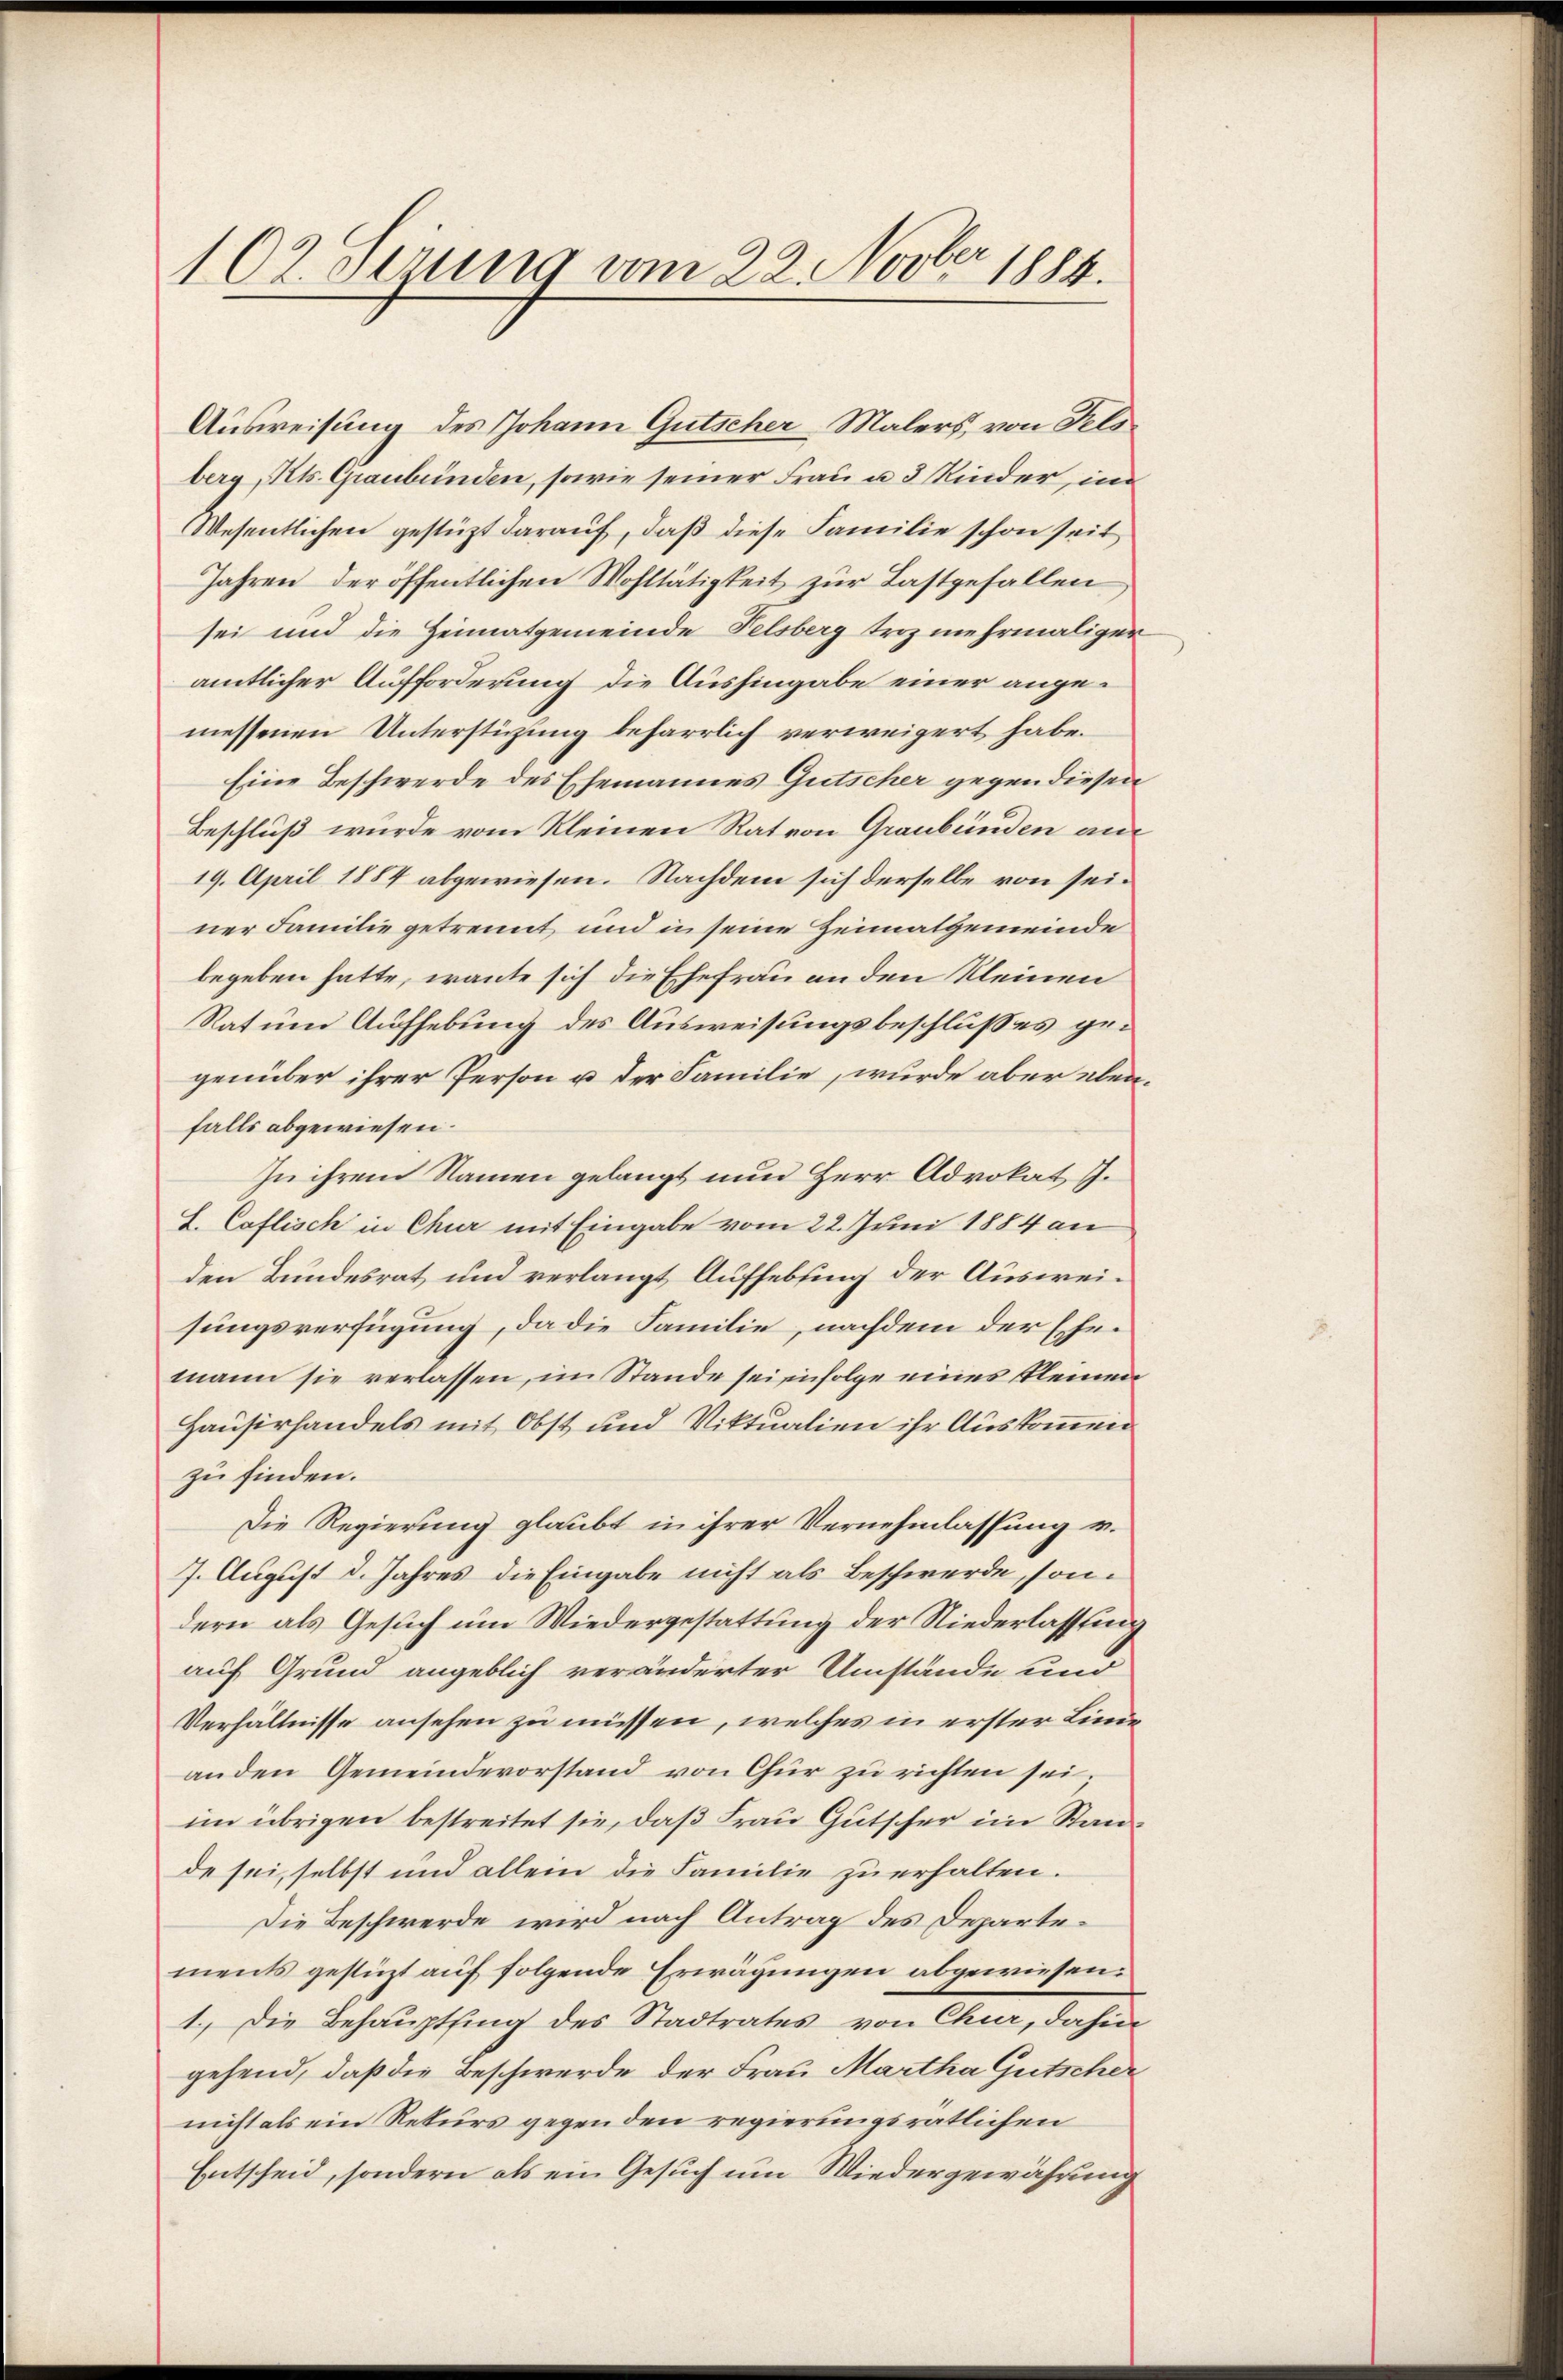
102 derung vom 22. Novber 1888.

Ausweisung des Johann Gutscher Malers, von Fels
berg, Kts. Graubünden, sowie seiner Frau u. 3 Kinder, im
Wesentlichen gestützt darauf, daß diese Familie schon seit
Jahren der öffentlichen Wohltätigkeit zur Lastgefallen
sei und die Heimatgemeinde Felsberg troz mehrmaliger
amtlicher Aufforderung die Aushingabe einer angemessenen Unterstüzung beharrlich verweigert habe.
Eine Beschwerde des Ehemannes Gutscher gegen diesen
Beschluß wurde vom Kleinen Rat von Graubünden an
19. April 1884 abgewiesen. Nachdem sich derselbe von seiner Familie getrennt und in seine Heimatgemeinde
begeben hatte, wante sich die Ehefrau an den Kleinen
Rat um Aufhebung des Ausweisungsbeschlusses gegenüber ihrer Person u der Familie, wurde aber ebenfalls abgewiesen.
In ihrem Namen gelangt nun Herr Advokat J.
S. Caflisch in Chur mit Eingabe vom 22. Juni 1884 an
den Bundesrat und verlangt Aufhebung der Ausweisungsverfügung, da die Familie, nachdem der Ehemann sie verlassen, im Stande sei infolge eines kleinen
Hauserhandels mit Obst und Viktualien ihr Auskommen
zu finden.
Die Regierung glaubt in ihrer Vernehmlassung v.
7. August d. Jahres die Eingabe nicht als Beschwerde, sondern als Gesuch um Wiedergestattung der Niederlassung
auf Grund angeblich veränderter Umstände und
Verhältnisse ansehen zu müssen, welches in erster Linie
anden Gemeindevorstand von Chur zu richten sei;
im übrigen bestreitet sie, daß Frau Gutscher im Stande sei, selbst und allein die Familie zu erhalten.
Die Beschwerde wird nach Antrag des Departements gestüzt auf folgende Erwägungen abgewiesen:
1.) Die Behauptsing des Stadtrates von Chur, dahin
gehend, daß die Beschwerde der Frau Martha Gutscher
nicht als ein Rekurs gegen den regierungsrätlichen
Entscheid, sondern als ein Gesuch um Wiedergewährung